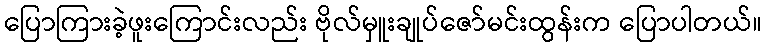
ပြောကြားခဲ့ဖူးကြောင်းလည်း ဗိုလ်မှူးချုပ်ဇော်မင်းထွန်းက ပြောပါတယ်။